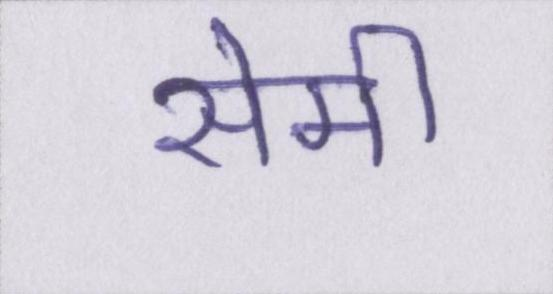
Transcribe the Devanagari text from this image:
सेमी